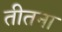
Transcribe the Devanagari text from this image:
तीतना